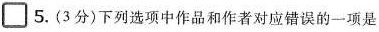
\Box 5.(3分)下列选项中作品和作者对应错误的一项是